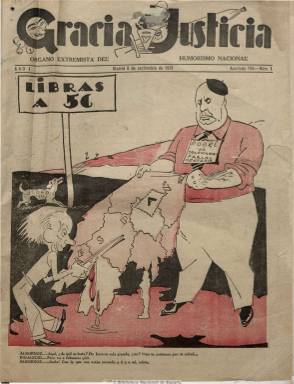
Título: Gracia y justicia
Colección: Revistas satíricas y humorísticas
Ámbito geográfico: Madrid
Lugar de publicación: Madrid
Fechas: 05/09/1931-15/02/1936

Semanario político-satírico (salía los sábados) ideado por Francisco Herrera Oria, miembro de La Editorial Católica, de cuya imprenta salía, y dirigido por Manuel Delgado Barreto (1879-1936), que dirigirá también el efímero El fascio (1933). Se subtitula “órgano extremista del humorismo popular”, de tendencia ultraderechista y antirrepublicano, con ciertos entusiasmos fascistas, dedicado a ridiculizar, mofarse y dar un trato vejatorio a las personalidades políticas e intelectuales republicanas, y que desarrolla una importante actividad propagandista coincidiendo con las campañas electorales.

Sus números del tres de octubre de 1931 y 13 de marzo de 1932 fueron secuestrados, y fue una de las publicaciones suspendidas tras el fracaso del golpe de Estado del general Sanjurjo de 1932, no apareciendo desde el 6 de agosto al 3 de diciembre de este año.

De 16 páginas, utilizó un estilo punzante en sus caricaturas y chistes políticos e ideológicos, obra de humoristas y dibujantes como Areuger, Soravilla, Orbegozo, Fervá, Kuky o K-Hito, y comentarios, muchos de ellos escritos a vuela pluma por su propio director. Fue acusado de ser un libelo y alcanzó tiradas que superaron los 200.000 ejemplares.